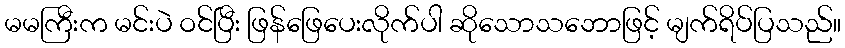
မမကြီးက မင်းပဲ ဝင်ပြီး ဖြန်ဖြေပေးလိုက်ပါ ဆိုသောသဘောဖြင့် မျက်ရိပ်ပြသည်။